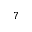
^ 7